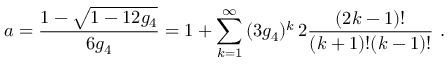
a = \frac { 1 - \sqrt { 1 - 1 2 g _ { 4 } } } { 6 g _ { 4 } } = 1 + \sum _ { k = 1 } ^ { \infty } \, ( 3 g _ { 4 } ) ^ { k } \, 2 \frac { ( 2 k - 1 ) ! } { ( k + 1 ) ! ( k - 1 ) ! } \ .